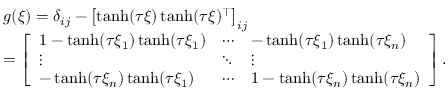
\begin{array} { r l } & { g ( \boldsymbol { \xi } ) = \delta _ { i j } - \left[ \operatorname { t a n h } ( \tau \boldsymbol { \xi } ) \operatorname { t a n h } ( \tau \boldsymbol { \xi } ) ^ { \top } \right] _ { i j } } \\ & { = \left[ \begin{array} { l l l } { 1 - \operatorname { t a n h } ( \tau \xi _ { 1 } ) \operatorname { t a n h } ( \tau \xi _ { 1 } ) } & { \cdots } & { - \operatorname { t a n h } ( \tau \xi _ { 1 } ) \operatorname { t a n h } ( \tau \xi _ { n } ) } \\ { \vdots } & { \ddots } & { \vdots } \\ { - \operatorname { t a n h } ( \tau \xi _ { n } ) \operatorname { t a n h } ( \tau \xi _ { 1 } ) } & { \cdots } & { 1 - \operatorname { t a n h } ( \tau \xi _ { n } ) \operatorname { t a n h } ( \tau \xi _ { n } ) } \end{array} \right] . } \end{array}